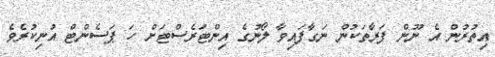
އިތުރުން އެ ނޫން ފަރާތަކުން ނަގާފައިވާ ލޯނުގެ އިންޓަރެސްޓަށް ހަ ޕަސެންޓް އުނިކުރެވެ